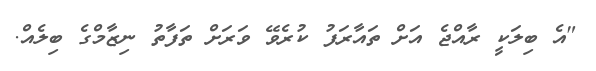
"އެ ބިލަކީ ރާއްޖެ އަށް ތައާރަފު ކުރެވޭ ވަރަށް ތަފާތު ނިޒާމްގެ ބިލެއް.